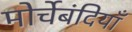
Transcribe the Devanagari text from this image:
मोर्चेबंदियाँ